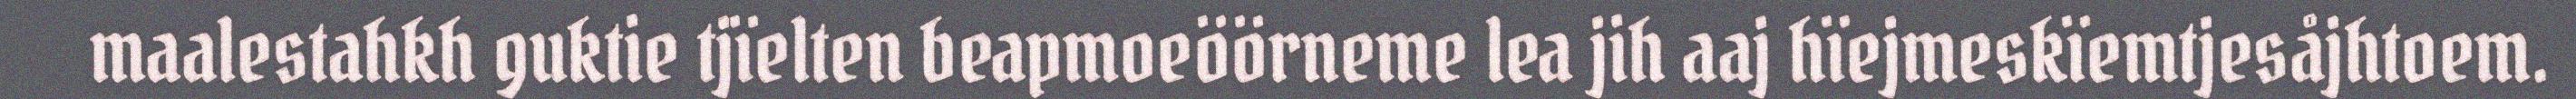
maalestahkh guktie tjïelten beapmoeöörneme lea jih aaj hïejmeskïemtjesåjhtoem.